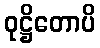
ဝုဋ္ဌိတောပိ